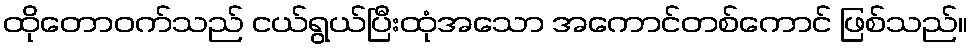
ထိုတောဝက်သည် ငယ်ရွယ်ပြီးထုံအသော အကောင်တစ်ကောင် ဖြစ်သည်။